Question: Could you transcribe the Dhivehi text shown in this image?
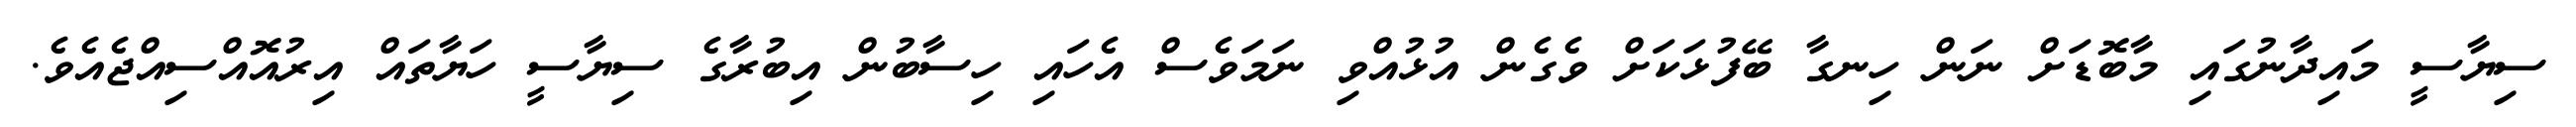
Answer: ސިޔާސީ މައިދާނުގައި މާބޮޑަށް ނަން ހިނގާ ބޭފުޅަކަށް ވެގެން އުޅުއްވި ނަމަވެސް އެހައި ހިސާބުން އިބުރާގެ ސިޔާސީ ހަޔާތައް އިރުއޮއްސިއްޖެއެވެ.